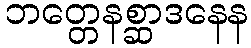
ဘတ္တေနစ္ဆာဒနေန